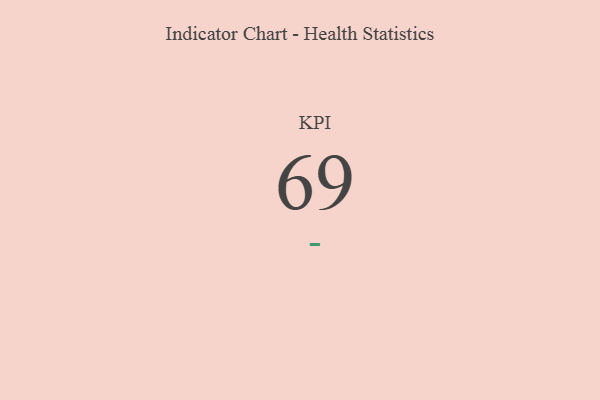
{"axis": {"x": "KPI", "y": "Value"}, "legend": [""], "data": [{"x": "KPI", "y": 69, "type": ""}]}